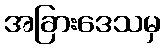
အခြားဒေသမှ